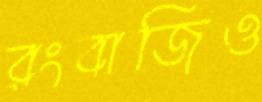
রংবাজিও